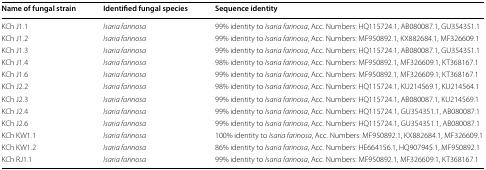
<table><thead><tr><td><b>Name of fungal strain</b></td><td><b>Identified fungal species</b></td><td><b>Sequence identity</b></td></tr></thead><tbody><tr><td>KCh J1.1</td><td><i>Isaria farinosa</i></td><td>99% identity to <i>Isaria farinosa</i>, Acc. Numbers: HQ115724.1, AB080087.1, GU354351.1</td></tr><tr><td>KCh J1.2</td><td><i>Isaria farinosa</i></td><td>99% identity to <i>Isaria farinosa</i>, Acc. Numbers: MF950892.1, KX882684.1, MF326609.1</td></tr><tr><td>KCh J1.3</td><td><i>Isaria farinosa</i></td><td>99% identity to <i>Isaria farinosa</i>, Acc. Numbers: HQ115724.1, AB080087.1, GU354351.1</td></tr><tr><td>KCh J1.4</td><td><i>Isaria farinosa</i></td><td>98% identity to <i>Isaria farinosa</i>, Acc. Numbers: MF950892.1, MF326609.1, KT368167.1</td></tr><tr><td>KCh J1.6</td><td><i>Isaria farinosa</i></td><td>99% identity to <i>Isaria farinosa</i>, Acc. Numbers: MF950892.1, MF326609.1, KT368167.1</td></tr><tr><td>KCh J2.2</td><td><i>Isaria farinosa</i></td><td>98% identity to <i>Isaria farinosa</i>, Acc. Numbers: HQ115724.1, KU214569.1, KU214564.1</td></tr><tr><td>KCh J2.3</td><td><i>Isaria farinosa</i></td><td>99% identity to <i>Isaria farinosa</i>, Acc. Numbers: HQ115724.1, AB080087.1, KU214569.1</td></tr><tr><td>KCh J2.4</td><td><i>Isaria farinosa</i></td><td>99% identity to <i>Isaria farinosa</i>, Acc. Numbers: HQ115724.1, GU354351.1, AB080087.1</td></tr><tr><td>KCh J2.6</td><td><i>Isaria farinosa</i></td><td>99% identity to <i>Isaria farinosa</i>, Acc. Numbers: HQ115724.1, GU354351.1, AB080087.1</td></tr><tr><td>KCh KW1.1</td><td><i>Isaria farinosa</i></td><td>100% identity to <i>Isaria farinosa</i>, Acc. Numbers: MF950892.1, KX882684.1, MF326609.1</td></tr><tr><td>KCh KW1.2</td><td><i>Isaria farinosa</i></td><td>86% identity to <i>Isaria farinosa</i>, Acc. Numbers: HE664156.1, HQ907945.1, MF950892.1</td></tr><tr><td>KCh RJ1.1</td><td><i>Isaria farinosa</i></td><td>99% identity to <i>Isaria farinosa</i>, Acc. Numbers: MF950892.1, MF326609.1, KT368167.1</td></tr></tbody></table>